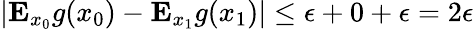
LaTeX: |\mathbf{E}_{x_{0}}g(x_{0})-\mathbf{E}_{x_{1}}g(x_{1})|\leq\epsilon+0+\epsilon=2\epsilon